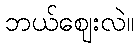
ဘယ်ဈေးလဲ။